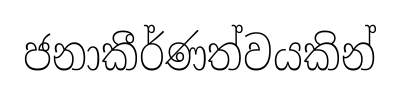
ජනාකීර්ණත්වයකින්